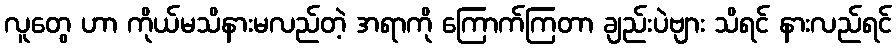
လူတွေ ဟာ ကိုယ်မသိနားမလည်တဲ့ အရာကို ကြောက်ကြတာ ချည်းပဲဗျား သိရင် နားလည်ရင်